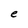
Character: e